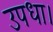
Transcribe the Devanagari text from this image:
उपधा।